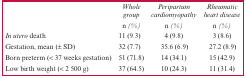
<table><thead><tr><td><b><i></i></b></td><td><b><i>Whole group n (%)</i></b></td><td><b><i>Peripartum cardiomyopathy n (%)</i></b></td><td><b><i>Rheumatic heart disease n (%)</i></b></td></tr></thead><tbody><tr><td><i>In utero</i> death</td><td>11 (9.3)</td><td>4 (9.8)</td><td>3 (8.6)</td></tr><tr><td>Gestation, mean (± SD)</td><td>32 (7.7)</td><td>35.6 (6.9)</td><td>27.2 (8.9)</td></tr><tr><td>Born preterm (&lt; 37 weeks gestation)</td><td>51 (71.8)</td><td>14 (34.1)</td><td>15 (42.9)</td></tr><tr><td>Low birth weight (&lt; 2 500 g)</td><td>37 (64.5)</td><td>10 (24.3)</td><td>11 (31.4)</td></tr></tbody></table>